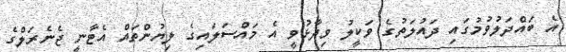
އެ ބައްދަލުވުމުގައި ދައުލަތުގެ ވަކީލު ވިދާޅުވީ އެ މައްސަލައިގެ ލިޔުންތައް އެޓާނީ ޖެނެރަލްގެ